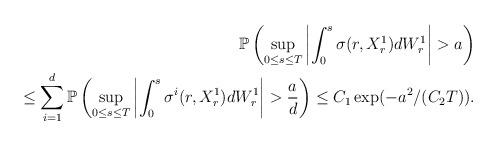
LaTeX: \begin{align*}\mathbb P\left(\sup_{0\le s\le T}\left|\int_0^s \sigma(r, X^1_r)dW^1_r\right|>a\right) \\\le \sum_{i=1}^d \mathbb P\left(\sup_{0\le s\le T}\left|\int_0^s \sigma^i(r, X^1_r)dW^1_r\right|>\frac{a}{d}\right)\le C_1\exp(-a^2/(C_2T)).\end{align*}